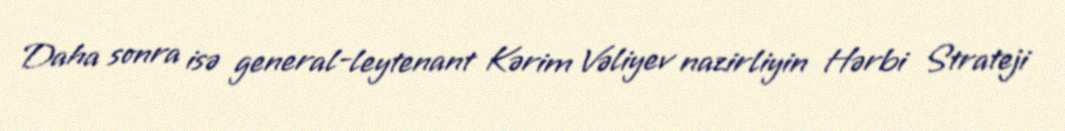
Daha sonra isə general-leytenant Kərim Vəliyev nazirliyin Hərbi Strateji